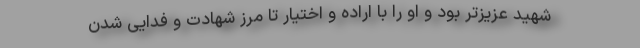
شهید عزیزتر بود و او را با اراده و اختیار تا مرز شهادت و فدایی شدن